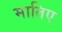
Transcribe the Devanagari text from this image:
मातिए